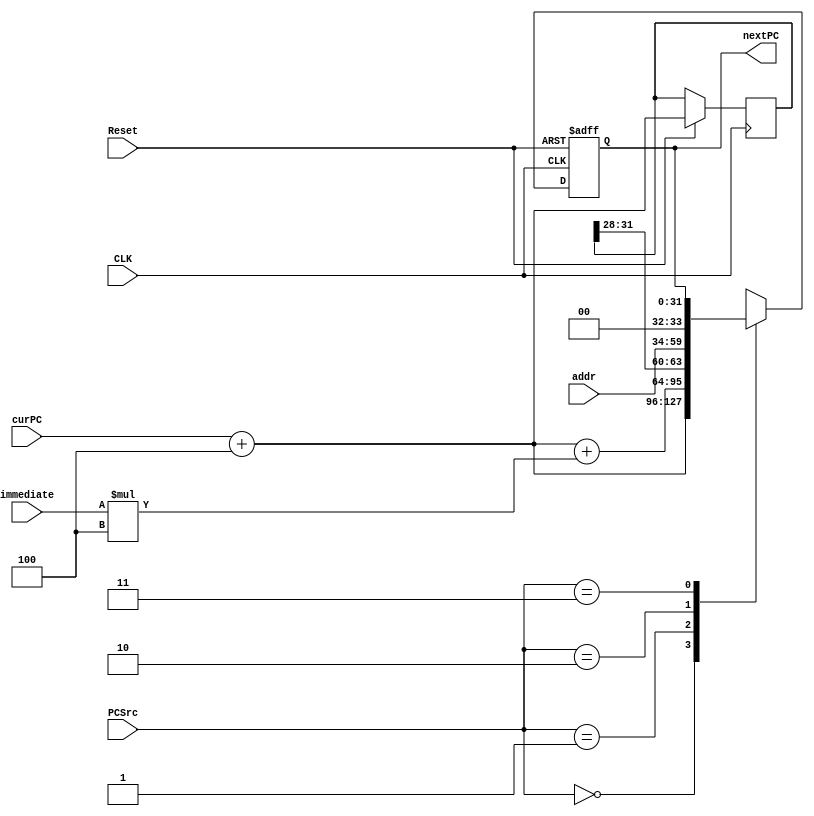
`timescale 1ns / 1ps
//////////////////////////////////////////////////////////////////////////////////
// Company: 
// Engineer: 
// 
// Design Name: 
// Module Name: pcAdd
// Project Name: 
// Target Devices: 
// Tool Versions: 
// Description: 
// 
// Dependencies: 
// 
// Revision:
// Revision 0.01 - File Created
// Additional Comments:
// 
//////////////////////////////////////////////////////////////////////////////////


module pcAdd(
        input Reset,
        input CLK,               //
        input [1:0] PCSrc,             //
        input [31:0] immediate,  //
        input [25:0] addr,
        input [31:0] curPC,
        output reg[31:0] nextPC  //
    );
    
    initial begin
        nextPC <= 0;
    end
    
    reg [31:0] pc;
    
    always@(negedge CLK or negedge Reset)
    begin
        if(!Reset) begin
            nextPC <= 0;
        end
        else begin
            pc <= curPC + 4;
            case(PCSrc)
                2'b00: nextPC <= curPC + 4;
                2'b01: nextPC <= curPC + 4 + immediate * 4;
                2'b10: nextPC <= {pc[31:28],addr,2'b00};
                2'b11: nextPC <= nextPC;
            endcase
        end
    end
endmodule